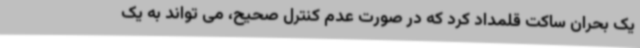
یک بحران ساکت قلمداد کرد که در صورت عدم کنترل صحیح، می تواند به یک